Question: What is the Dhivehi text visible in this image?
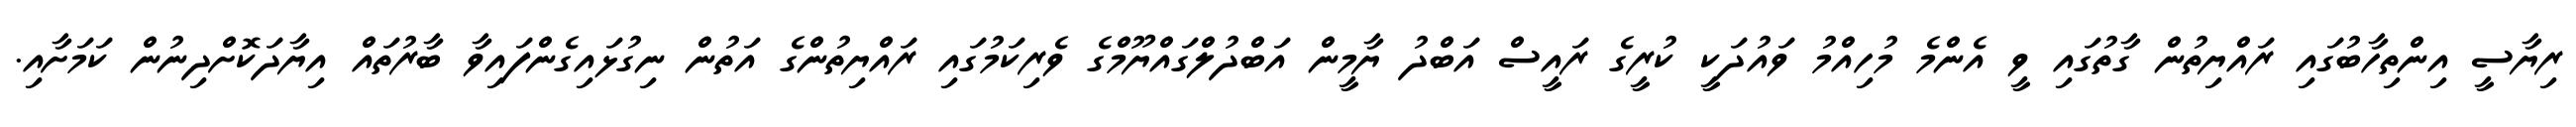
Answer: ރިޔާސީ އިންތިހާބުގައި ރައްޔިތުން ގާތުގައި ވީ އެންމެ މުހިއްމު ވައުދަކީ ކުރީގެ ރައީސް އަބްދު ޔާމީން އަބްދުލްގައްޔޫމްގެ ވެރިކަމުގައި ރައްޔިތުންގެ އަތުން ނިގުޅައިގެންފައިވާ ބާރުތައް އިޔާދަކޮށްދިނުން ކަމަށާއި.